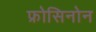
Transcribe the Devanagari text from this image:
फ्रोसिनोन